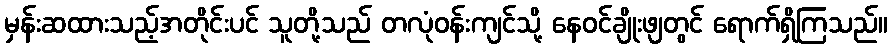
မှန်းဆထားသည့်အတိုင်းပင် သူတို့သည် တလုံဝန်းကျင်သို့ နေဝင်ချိုးဖျတွင် ရောက်ရှိကြသည်။